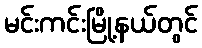
မင်းကင်းမြို့နယ်တွင်